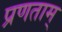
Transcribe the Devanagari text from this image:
प्रणताम्